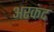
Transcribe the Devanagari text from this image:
अरकंद